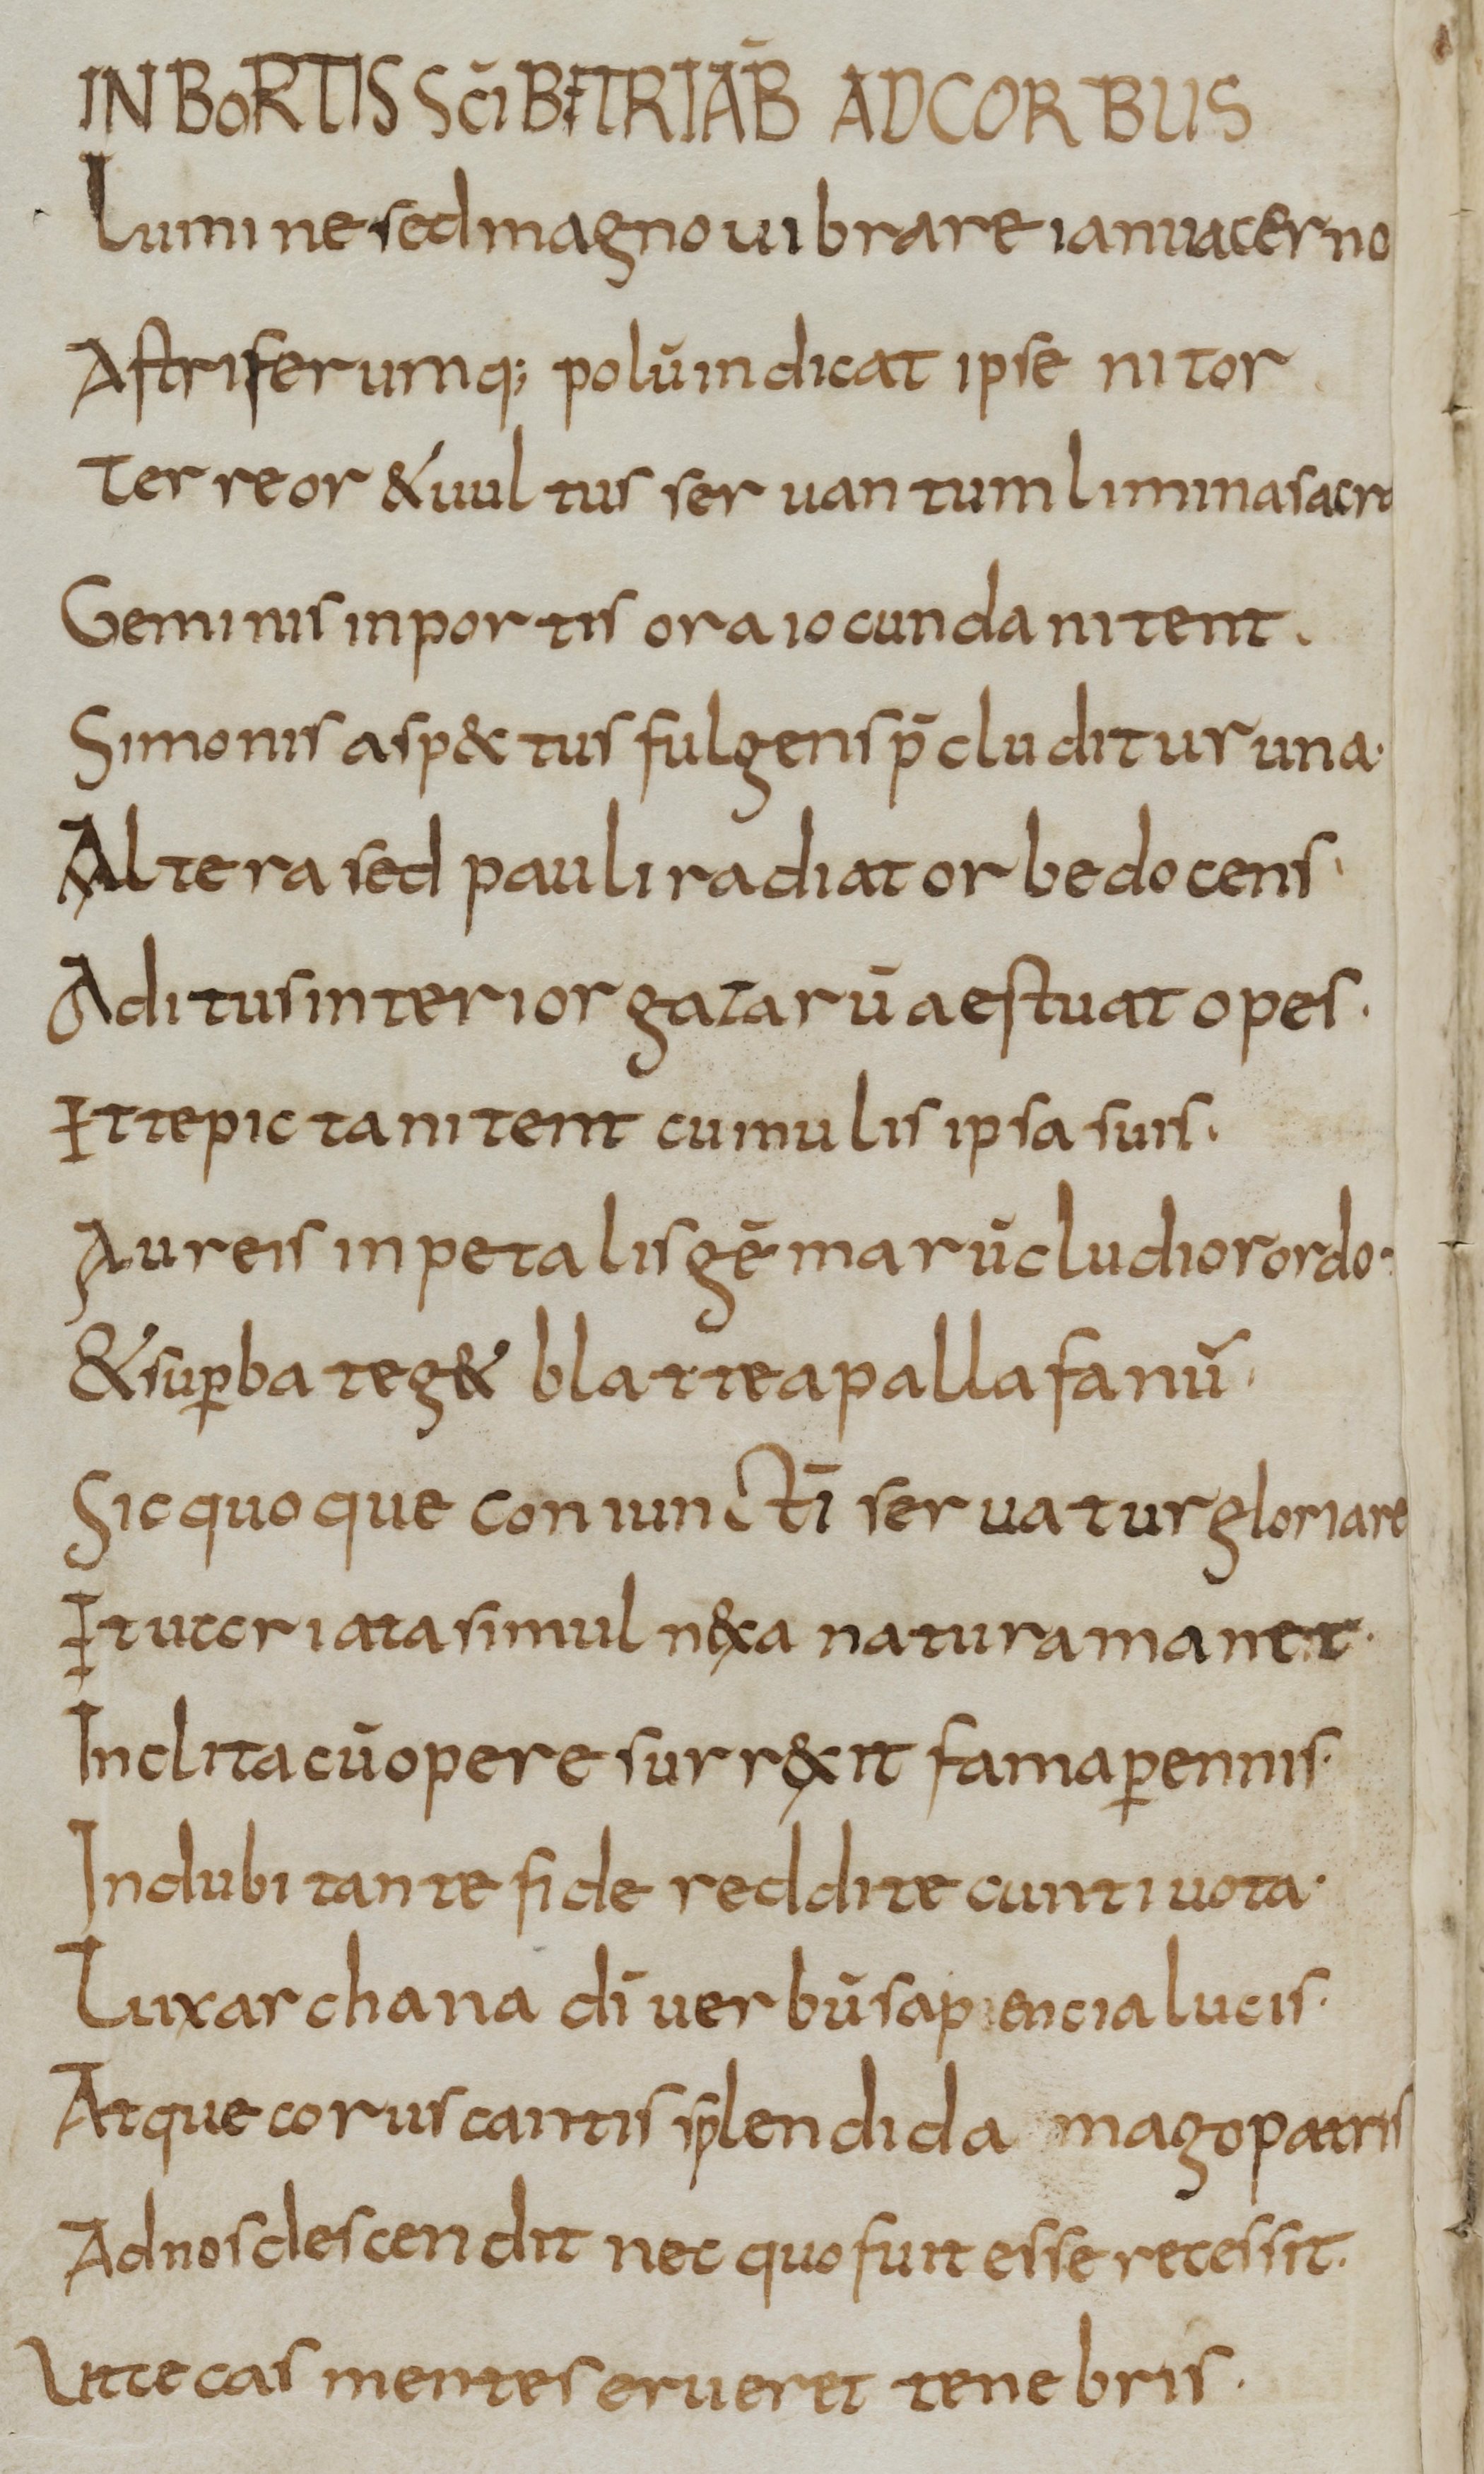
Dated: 800–830